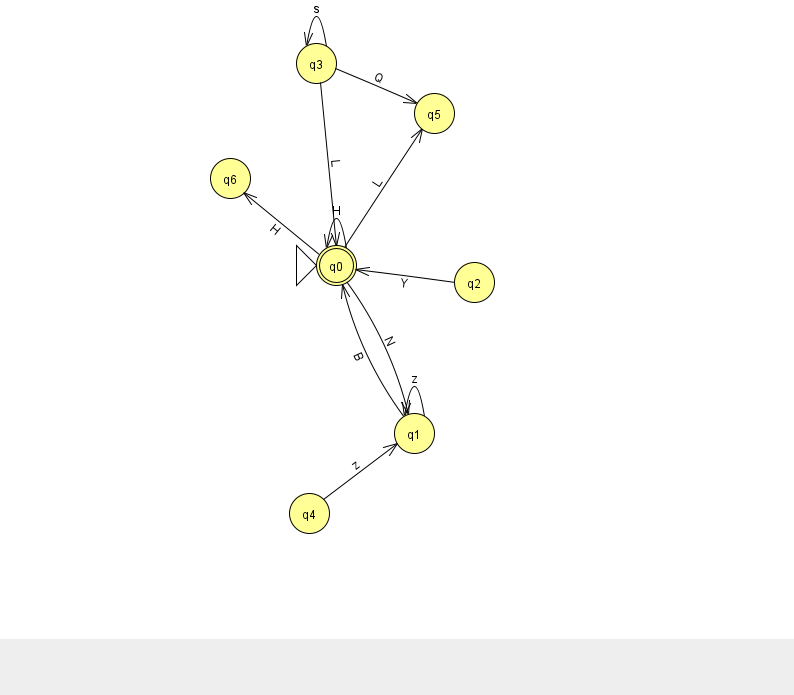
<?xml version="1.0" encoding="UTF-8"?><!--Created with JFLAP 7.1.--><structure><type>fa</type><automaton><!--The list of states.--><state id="0" name="q0"><x>336.0</x><y>252.0</y><initial/><final/></state><state id="1" name="q1"><x>414.0</x><y>420.0</y></state><state id="2" name="q2"><x>474.0</x><y>269.0</y></state><state id="3" name="q3"><x>316.0</x><y>50.0</y></state><state id="4" name="q4"><x>309.0</x><y>500.0</y></state><state id="5" name="q5"><x>434.0</x><y>100.0</y></state><state id="6" name="q6"><x>230.0</x><y>165.0</y></state><!--The list of transitions.--><transition><from>0</from><to>6</to><read>H</read></transition><transition><from>0</from><to>1</to><read>N</read></transition><transition><from>3</from><to>3</to><read>s</read></transition><transition><from>3</from><to>0</to><read>L</read></transition><transition><from>4</from><to>1</to><read>z</read></transition><transition><from>0</from><to>0</to><read>H</read></transition><transition><from>0</from><to>5</to><read>L</read></transition><transition><from>1</from><to>1</to><read>z</read></transition><transition><from>2</from><to>0</to><read>Y</read></transition><transition><from>1</from><to>0</to><read>B</read></transition><transition><from>3</from><to>5</to><read>Q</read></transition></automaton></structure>